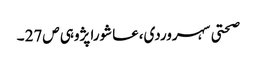
صحتی سہروردی،عاشورا پژوہی ص27 ۔